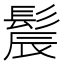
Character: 𫘾